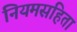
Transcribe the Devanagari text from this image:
नियमसंहिता